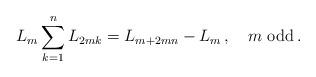
LaTeX: \begin{align*}L_m \sum_{k = 1}^n {L_{2mk} } = L_{m + 2mn} - L_m\,,\quad\mbox{$m$ odd}\,. \end{align*}